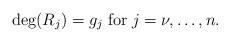
LaTeX: \begin{align*}\deg(R_j)=g_j \; \mathrm{for} \; j=\nu,\dots, n.\end{align*}